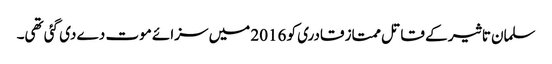
سلمان تاثیر کے قاتل ممتاز قادری کو 2016 میں سزائے موت دے دی گئی تھی۔